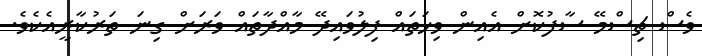
ވެސް ޗިސްމޭ ސާފުކޮށް އެއިން ވިހަތައް ފިލުވައިދޭ މާއްދާތައް ވަރަށް ގިނަ ތަރުކާރީއެކެވެ.